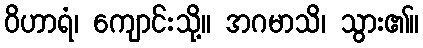
ဝိဟာရံ၊ ကျောင်းသို့။ အဂမာသိ၊ သွား၏။